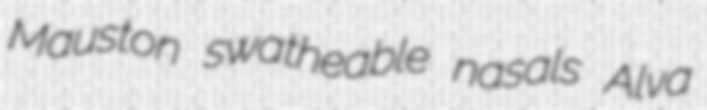
Mauston swatheable nasals Alva